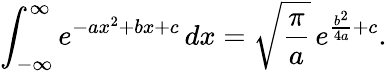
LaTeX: \int_{-\infty}^{\infty}e^{-ax^{2}+bx+c}\, dx={\sqrt{\frac{\pi}{a}}}\, e^{{\frac{b^{2}}{4a}}+c}.